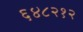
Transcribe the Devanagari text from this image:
६४८२१२